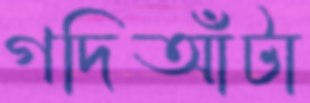
গদিআঁটা